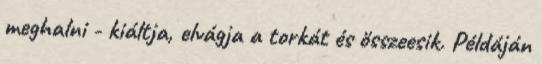
meghalni - kiáltja, elvágja a torkát és összeesik. Példáján